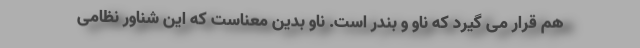
هم قرار می گیرد که ناو و بندر است. ناو بدین معناست که این شناور نظامی